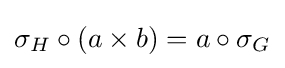
\sigma _{H}\circ (a\times b)=a\circ \sigma _{G}